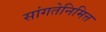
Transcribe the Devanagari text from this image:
सांगतेनिमित्त